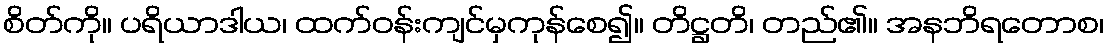
စိတ်ကို။ ပရိယာဒါယ၊ ထက်ဝန်းကျင်မှကုန်စေ၍။ တိဋ္ဌတိ၊ တည်၏။ အနဘိရတောစ၊